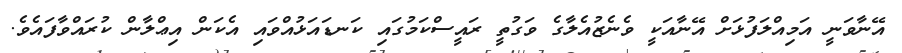
އޭނާވަނީ އަމިއްލަފުޅަށް އޭނާއަކީ ވެނެޒުއެލާގެ ވަގުތީ ރައީސްކަމުގައި ކަނޑައަޅުއްވައި އެކަން އިޢްލާން ކުރައްވާފައެވެ.